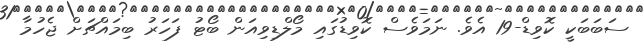
ސަބަބަކީ ކޮވިޑް-19 އެވެ. ނަމަވެސް ކޮވިޑުގައި މޯލްޑިވިއަން ބޯޓު ފަހަރު ބިމައްޗަށް ޖެހުމާ